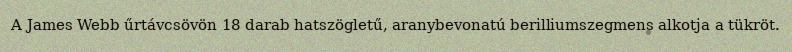
A James Webb űrtávcsövön 18 darab hatszögletű, aranybevonatú berilliumszegmens alkotja a tükröt.